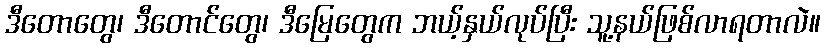
ဒီတောတွေ၊ ဒီတောင်တွေ၊ ဒီမြေတွေက ဘယ့်နှယ်လုပ်ပြီး သူ့နယ်ဖြစ်လာရတာလဲ။